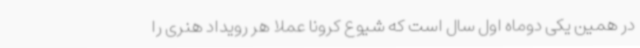
در همین یکی دوماه اول سال است که شیوع کرونا عملا هر رویداد هنری را